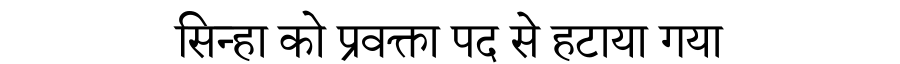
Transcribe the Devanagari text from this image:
सिन्हा को प्रवक्ता पद से हटाया गया